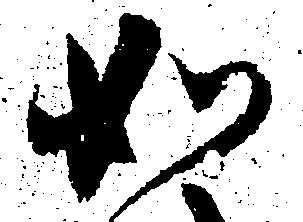
如